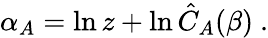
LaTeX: \alpha_{A}=\ln z+\ln\hat{C}_{A}(\beta)\ .